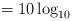
LaTeX: \begin{align*} = 10\log_{10}\frac{}{} \end{align*}